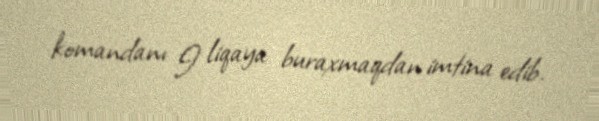
komandanı I liqaya buraxmaqdan imtina edib.